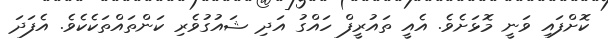
ކޮށްފައި ވަނީ މޮޅަށެވެ. އެއީ ތައުރީފް ހައްގު އަދި ޝައުގުވެރި ކަންތައްތަކެކެވެ. އެފަދަ